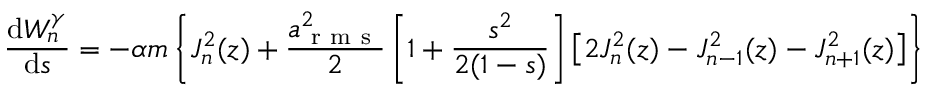
\frac { \mathrm { d } W _ { n } ^ { \gamma } } { \mathrm { d } s } = - \alpha m \left\{ J _ { n } ^ { 2 } ( z ) + \frac { a _ { \mathrm { ~ r ~ m ~ s ~ } } ^ { 2 } } { 2 } \left[ 1 + \frac { s ^ { 2 } } { 2 ( 1 - s ) } \right] \left[ 2 J _ { n } ^ { 2 } ( z ) - J _ { n - 1 } ^ { 2 } ( z ) - J _ { n + 1 } ^ { 2 } ( z ) \right] \right\}